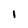
Character: l